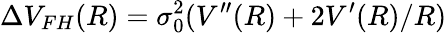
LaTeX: \Delta V_{FH}(R)=\sigma_{0}^{2}(V^{\prime\prime}(R)+2V^{\prime}(R)/R)